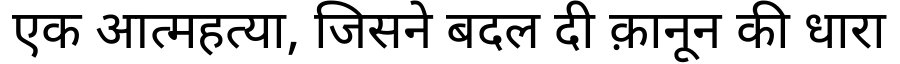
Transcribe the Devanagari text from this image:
एक आत्महत्या, जिसने बदल दी क़ानून की धारा